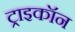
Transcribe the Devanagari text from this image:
ट्राइकॉन